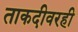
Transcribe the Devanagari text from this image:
ताकदीवरही